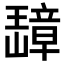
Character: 𬎗